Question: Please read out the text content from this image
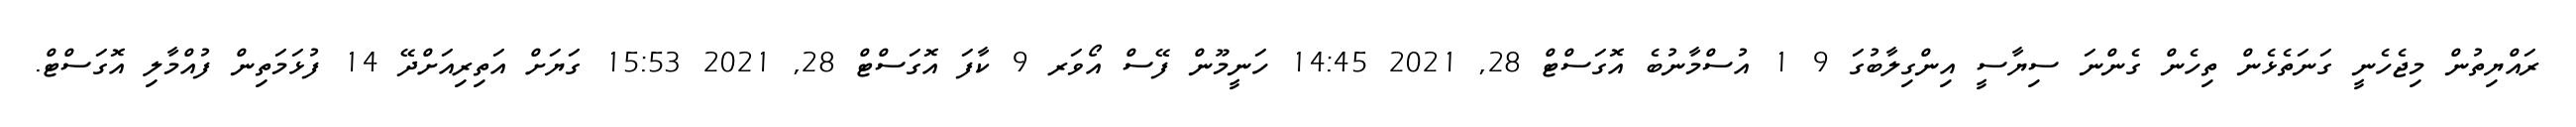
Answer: ރައްޔިތުން މިޖެހެނީ ގަނަތެޅެން ތިހެން ގެންނަ ސިޔާސީ އިންގިލާބުގަ 9 1 އުސްމާނުބެ އޮގަސްޓް 28, 2021 14:45 ހަނީމޫން ފޭސް އޯވަރ 9 ކާފަ އޮގަސްޓް 28, 2021 15:53 ގަޔަށް އަތިރިއަށްދޭ 14 ފުޅަމަތިން ފުއްމާލި އޮގަސްޓް.